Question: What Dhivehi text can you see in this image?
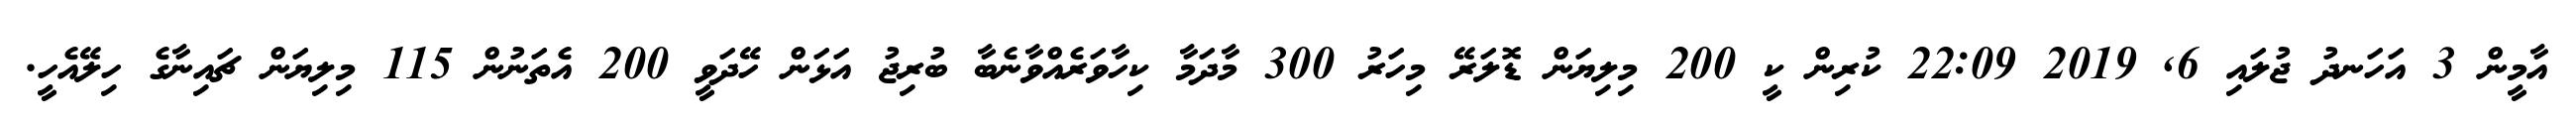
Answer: އާމީން 3 އަހަނދު ޖުލައި 6, 2019 22:09 ކުރިން ކީ 200 މިލިޔަން ޑޮލަރޭ މިހަރު 300 މާދަމާ ކިހާވަރެއްވާނެބާ ބުރިޖު އަޅަން ހޭދަވީ 200 އެތަނުން 115 މިލިޔަން ޗައިނާގެ ހިލޭއެހީ.